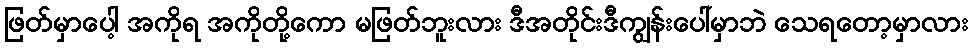
ဖြတ်မှာပေါ့ အကိုရ အကိုတို့ကော မဖြတ်ဘူးလား ဒီအတိုင်းဒီကျွန်းပေါ်မှာဘဲ သေရတော့မှာလား